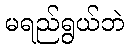
မရည်ရွယ်ဘဲ